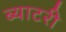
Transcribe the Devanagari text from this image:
ब्याटरी